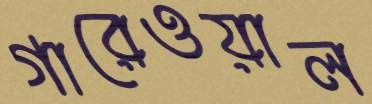
গারেওয়াল